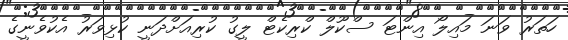
ހަތަރު ވަނަ މައިލޯ އިންޓަ ސްކޫލް ކްރިކެޓް ލީގު ކުރިއަށްދަނީ ކުޅިވަރު އެކުވެނީގެ